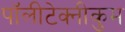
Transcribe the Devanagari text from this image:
पॉलीटेक्नीकुम